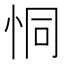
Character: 恫